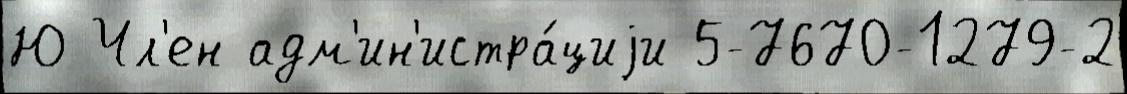
Ю Чл'ен адм'ин'истра́циjи 5-7670-1279-2